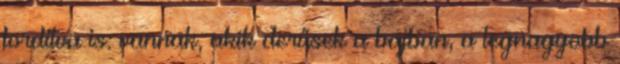
fordítva is: vannak, akik derűsek a bajban, a legnagyobb